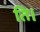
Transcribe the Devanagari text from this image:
ति।